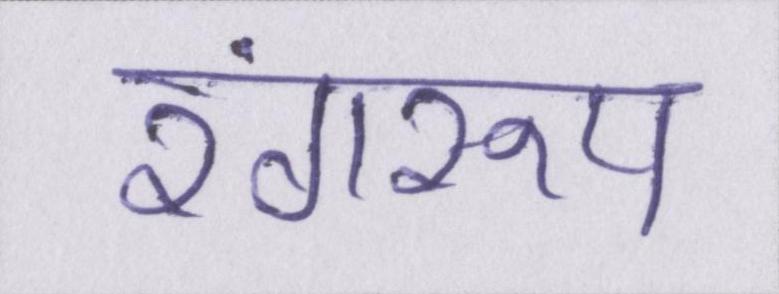
रंगरूप